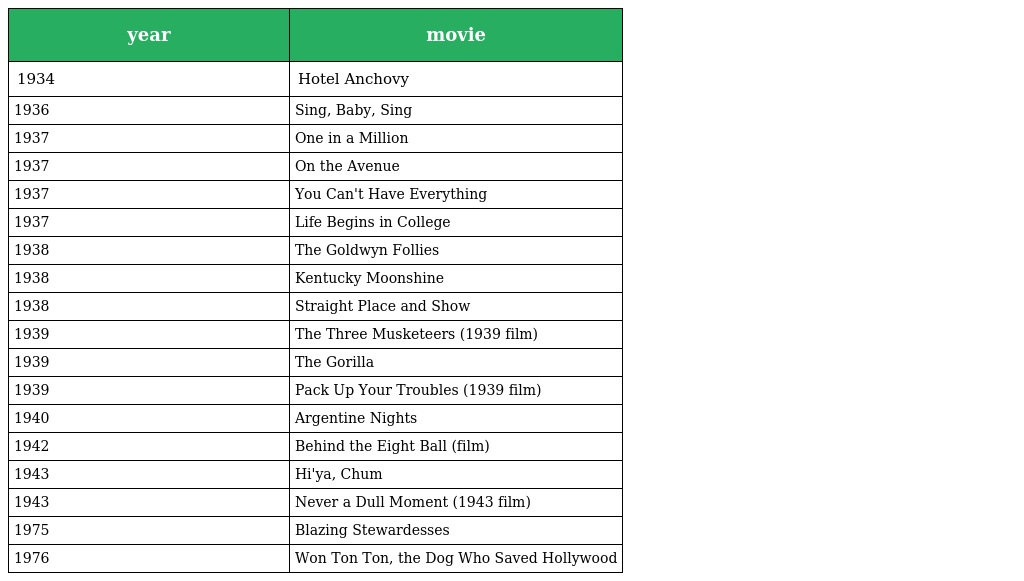
| year | movie |
 | --- | --- |
 | 1934 | Hotel Anchovy |
 | 1936 | Sing, Baby, Sing |
 | 1937 | One in a Million |
 | 1937 | On the Avenue |
 | 1937 | You Can't Have Everything |
 | 1937 | Life Begins in College |
 | 1938 | The Goldwyn Follies |
 | 1938 | Kentucky Moonshine |
 | 1938 | Straight Place and Show |
 | 1939 | The Three Musketeers (1939 film) |
 | 1939 | The Gorilla |
 | 1939 | Pack Up Your Troubles (1939 film) |
 | 1940 | Argentine Nights |
 | 1942 | Behind the Eight Ball (film) |
 | 1943 | Hi'ya, Chum |
 | 1943 | Never a Dull Moment (1943 film) |
 | 1975 | Blazing Stewardesses |
 | 1976 | Won Ton Ton, the Dog Who Saved Hollywood |